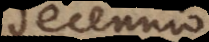
decennio